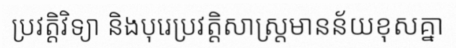
ប្រវត្តិវិទ្យា និងបុរេប្រវត្តិសាស្ត្រមានន័យខុសគ្នា